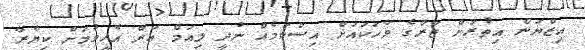
އިޒްޔަން އިތުރަށް ޒާރާގެ ވާހަކައަށް އިސްކަމެއް ނުދީ ލިއަމް އަށް އެހީވުމަށް ކިޔާރާ